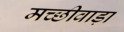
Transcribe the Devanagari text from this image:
मच्छीवाड़ा